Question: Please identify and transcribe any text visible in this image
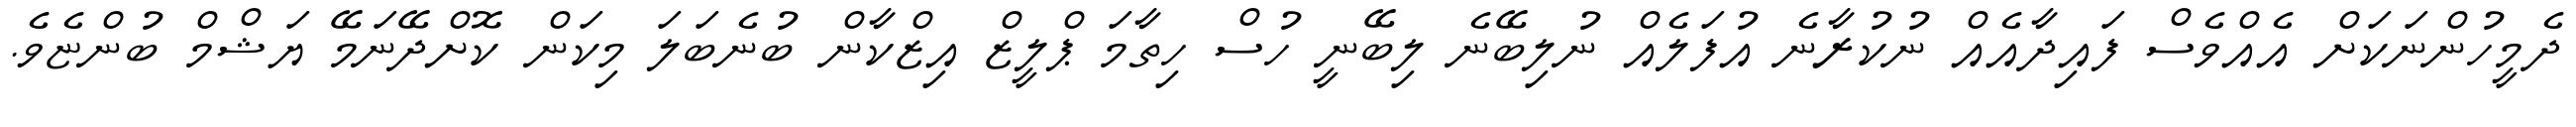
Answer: ދެމީހުންނަކަށް އެއްވެސް ފައިދާއެއް ނުކުރާނެ އުފަލެއް ނުލިބޭނެ ލިބޭނީ ހުސް ހިތާމަ ޕްލީޒް އިޒްކާން ބުނެބަލަ މިކަން ކޮށްދޭނަމޭ ޔަޝްމް ބުންޏެވެ.